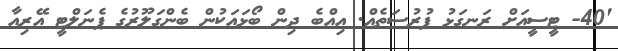
'40- ޓީސީއަށް ރަނގަޅު ފުރުސަތެއް. އިއްބެ ދިން ބޯޅައަކުން ބެންގަލޫރުގެ ޕެނަލްޓީ އޭރިއާ